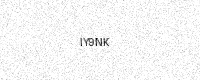
Text: IY9NK